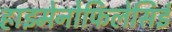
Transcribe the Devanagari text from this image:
हाइमेनोफिलेसिई